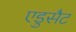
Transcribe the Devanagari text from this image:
एडुसैट